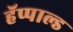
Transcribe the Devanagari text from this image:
हॅप्पाल्ड